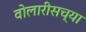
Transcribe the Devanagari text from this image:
वोलारीसच्या